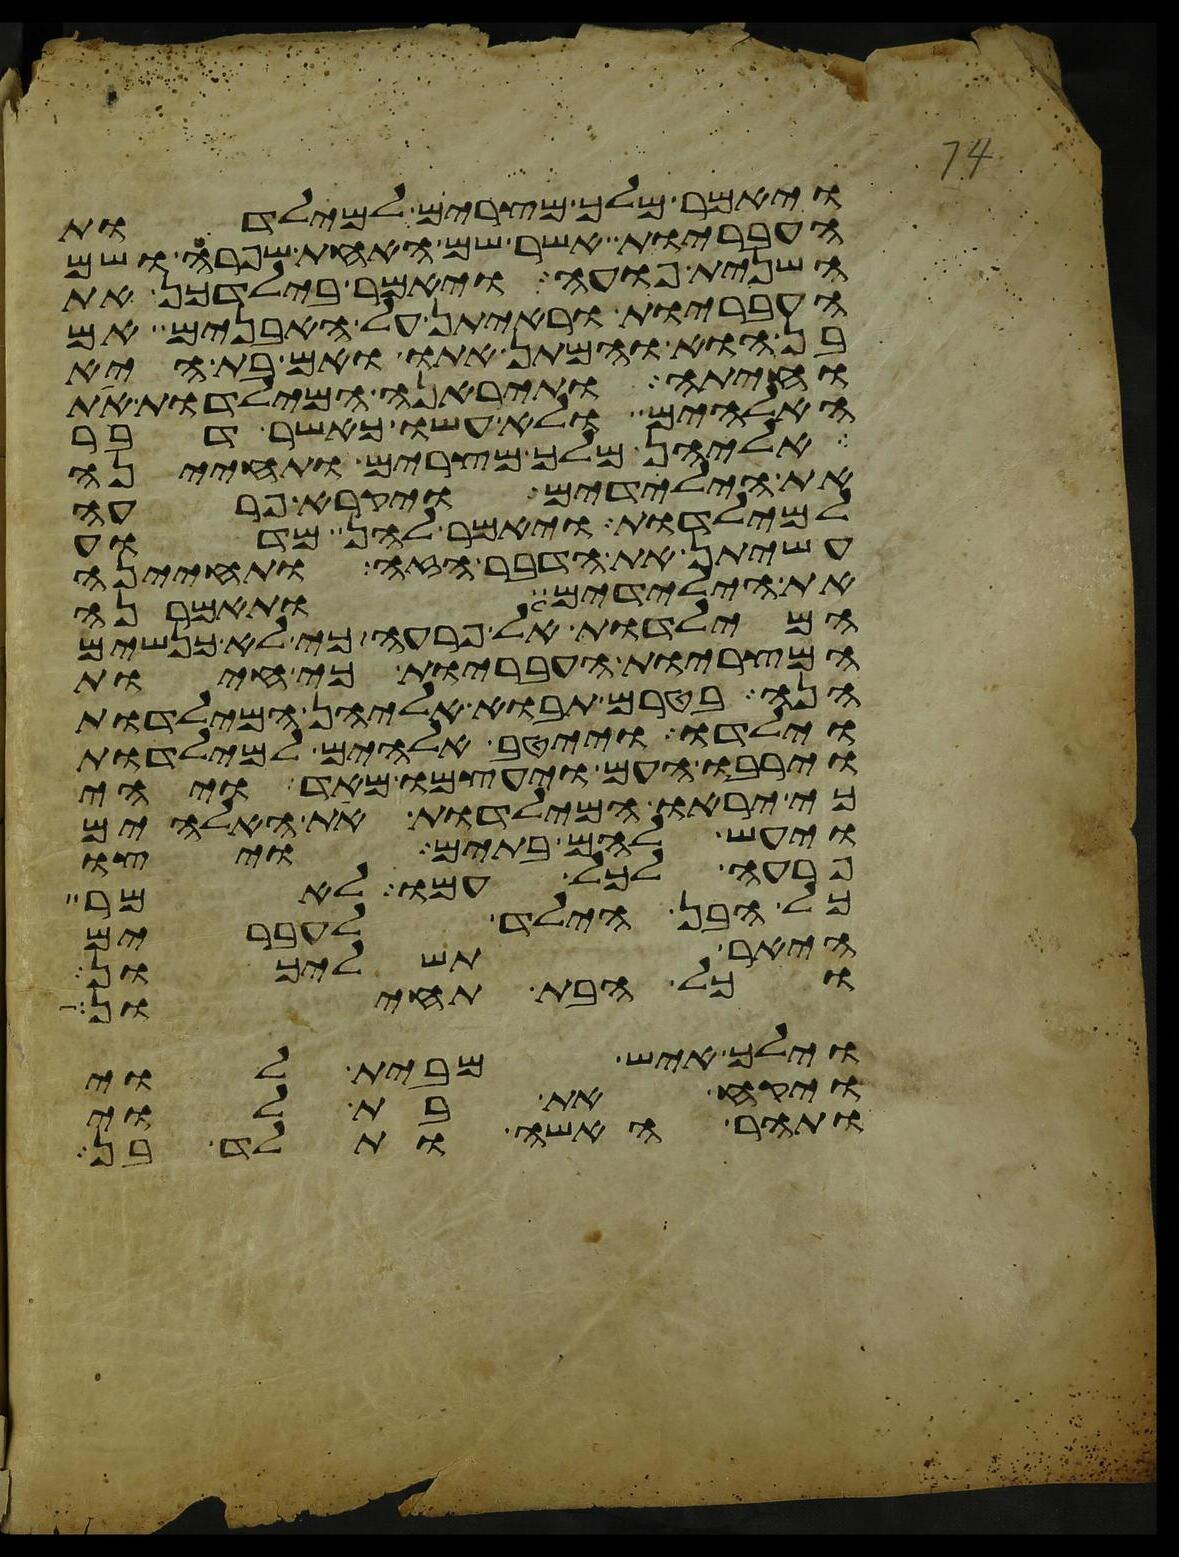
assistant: ויאמר מלך מצרים למילדות
העבריות אשר שם האחת שפרה ושם
השנית פועה ויאמר בילדכן את
העבריות וראיתן על האבנים אם
בן הוא והמתן אתו ואם בת היא
וחיתה ותיראנה המילדות את
האלהים ולא עשו כאשר דבר
אליהן מלך מצרים ותחינה
את הילדים ויקרא פרעה
למילדות ויאמר להן מדוע
עשיתן את הדבר הזה ותחינה
את הילדים ותאמרנה
המילדות אל פרעה כי לא כנשים
המצריות העבריות כי חיות
הנה בטרם תבוא אליהן המילדות
וילדו וייטב אלהים למילדות
וירבו העם ויעצמו מאד ויהי
כי יראו המילדות את האלהים
ויעש להם בתים ויצו
פרעה לכל עמו לאמר
כל הבן הילד לעברים
היאר תשליכון
וכל הבת תחיון
וילך איש מבית לוי
ויקח את בת לוי
ותהר האשה ותלד בן